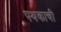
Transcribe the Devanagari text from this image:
पथकाची